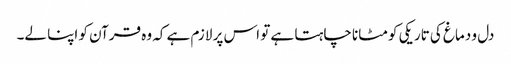
دل و دماغ کی تاریکی کو مٹانا چاہتا ہے تو اس پر لازم ہے کہ وہ قرآن کو اپنا لے۔